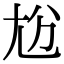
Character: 𡯔